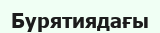
Бурятиядағы